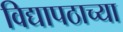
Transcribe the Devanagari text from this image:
विद्यापठाच्या